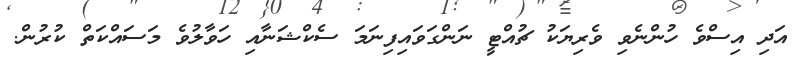
އަދި އިސްވެ ހުންނެވި ވެރިޔަކު ޗުއްޓީ ނަންގަވައިފިނަމަ ސެކްޝަނާއި ހަވާލުވެ މަސައްކަތް ކުރުން.